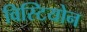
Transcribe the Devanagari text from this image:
विस्टियोन